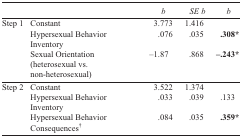
<table><thead><tr><td></td><td></td><td><b><i>b</i></b></td><td><b><i>SE b</i></b></td><td><b><i>b</i></b></td></tr></thead><tbody><tr><td>Step 1</td><td>Constant</td><td>3.773</td><td>1.416</td><td></td></tr><tr><td></td><td>Hypersexual Behavior Inventory</td><td>.076</td><td>.035</td><td><b>.308*</b></td></tr><tr><td></td><td>Sexual Orientation (heterosexual vs. non-heterosexual)</td><td>–1.87</td><td>.868</td><td><b>–.243*</b></td></tr><tr><td>Step 2</td><td>Constant</td><td>3.522</td><td>1.374</td><td></td></tr><tr><td></td><td>Hypersexual Behavior Inventory</td><td>.033</td><td>.039</td><td>.133</td></tr><tr><td></td><td>Hypersexual Behavior Consequences<sup>†</sup></td><td>.084</td><td>.035</td><td><b>.359*</b></td></tr></tbody></table>